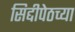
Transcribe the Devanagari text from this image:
सिद्दीपेठच्या